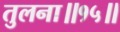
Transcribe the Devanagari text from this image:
तुलना॥१५॥